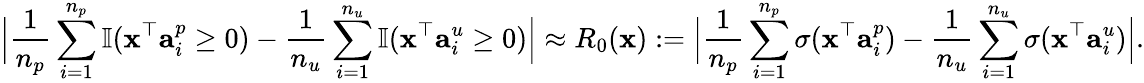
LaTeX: \Big|\frac{1}{n_{p}}\sum_{i=1}^{n_{p}}\mathbb{I}({\mathbf x}^{\top}{\mathbf a}_{i}^{p}\geq 0)-\frac{1}{n_{u}}\sum_{i=1}^{n_{u}}\mathbb{I}({\mathbf x}^{\top}{\mathbf a}_{i}^{u}\geq 0)\Big|\approx R_{0}({\mathbf x}):=\Big|\frac{1}{n_{p}}\sum_{i=1}^{n_{p}}\sigma({\mathbf x}^{\top}{\mathbf a}_{i}^{p})-\frac{1}{n_{u}}\sum_{i=1}^{n_{u}}\sigma({\mathbf x}^{\top}{\mathbf a}_{i}^{u})\Big|.